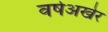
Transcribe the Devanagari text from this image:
वर्षअखेर